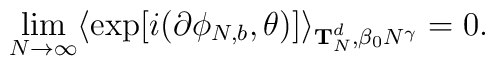
\lim_{N \rightarrow \infty } \langle \exp [i(\partial \phi_{N,b} ,\theta )]\rangle_{{\bf T}_{N}^{d},\beta_{0} N^{\gamma }} = 0.